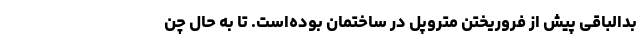
بدالباقی پیش از فروریختن متروپل در ساختمان بوده‌است. تا به حال چن